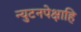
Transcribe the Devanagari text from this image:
न्युटनपेक्षाहि